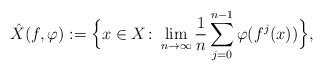
LaTeX: \begin{align*}\hat{X}(f,\varphi):= \Big\{x\in X\colon \lim_{n\to\infty}\frac{1}{n}\sum_{j=0}^{n-1}\varphi(f^j(x))\Big\},\end{align*}